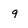
Character: q